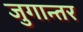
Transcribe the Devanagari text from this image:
जुगान्तर